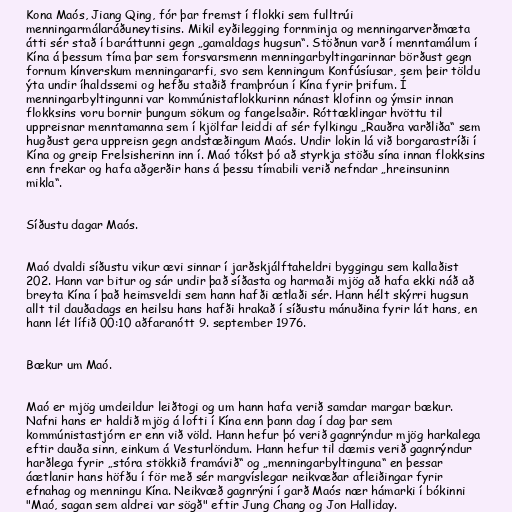
Kona Maós, Jiang Qing, fór þar fremst í flokki sem fulltrúi
menningarmálaráðuneytisins. Mikil eyðilegging fornminja og menningarverðmæta
átti sér stað í baráttunni gegn „gamaldags hugsun“. Stöðnun varð í menntamálum í
Kína á þessum tíma þar sem forsvarsmenn menningarbyltingarinnar börðust gegn
fornum kínverskum menningararfi, svo sem kenningum Konfúsíusar, sem þeir töldu
ýta undir íhaldssemi og hefðu staðið framþróun í Kína fyrir þrifum. Í
menningarbyltingunni var kommúnistaflokkurinn nánast klofinn og ýmsir innan
flokksins voru bornir þungum sökum og fangelsaðir. Róttæklingar hvöttu til
uppreisnar menntamanna sem í kjölfar leiddi af sér fylkingu „Rauðra varðliða“ sem
hugðust gera uppreisn gegn andstæðingum Maós. Undir lokin lá við borgarastríði í
Kína og greip Frelsisherinn inn í. Maó tókst þó að styrkja stöðu sína innan flokksins
enn frekar og hafa aðgerðir hans á þessu tímabili verið nefndar „hreinsuninn
mikla“.

Síðustu dagar Maós.

Maó dvaldi síðustu vikur ævi sinnar í jarðskjálftaheldri byggingu sem kallaðist
202. Hann var bitur og sár undir það síðasta og harmaði mjög að hafa ekki náð að
breyta Kína í það heimsveldi sem hann hafði ætlaði sér. Hann hélt skýrri hugsun
allt til dauðadags en heilsu hans hafði hrakað í síðustu mánuðina fyrir lát hans, en
hann lét lífið 00:10 aðfaranótt 9. september 1976.

Bækur um Maó.

Maó er mjög umdeildur leiðtogi og um hann hafa verið samdar margar bækur.
Nafni hans er haldið mjög á lofti í Kína enn þann dag í dag þar sem
kommúnistastjórn er enn við völd. Hann hefur þó verið gagnrýndur mjög harkalega
eftir dauða sinn, einkum á Vesturlöndum. Hann hefur til dæmis verið gagnrýndur
harðlega fyrir „stóra stökkið framávið“ og „menningarbyltinguna“ en þessar
áætlanir hans höfðu í för með sér margvíslegar neikvæðar afleiðingar fyrir
efnahag og menningu Kína. Neikvæð gagnrýni í garð Maós nær hámarki í bókinni
"Maó, sagan sem aldrei var sögð" eftir Jung Chang og Jon Halliday.